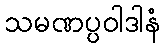
သမဏပ္ပဝါဒါနံ